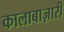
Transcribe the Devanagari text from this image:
कालाबाज़ारी